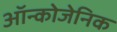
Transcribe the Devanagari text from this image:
ऑन्कोजेनिक